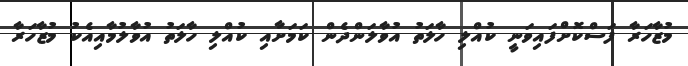
މުޒާހަރާ ފަސްކޮށްފައިވަނީ ކުއްލި ހާލަތު އުވާލަންދެން ކަމަށާއި ކުއްލި ހާލަތު އުވާލުމާއިއެކު މުޒާހަރާ